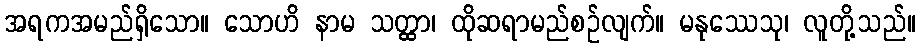
အရကအမည်ရှိသော။ သောဟိ နာမ သတ္ထာ၊ ထိုဆရာမည်စဉ်လျက်။ မနုဿေသု၊ လူတို့သည်။